Calcutta medical institutions reports 1871-78
Year: 1871
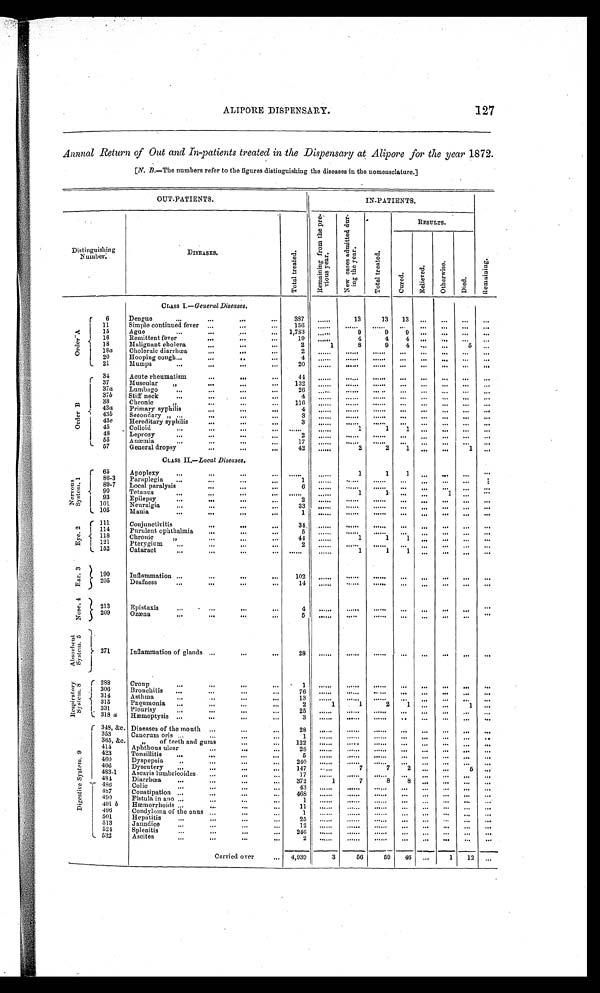
ALIPORE DISPENSARY.
127
Annnal Return of Out and In-patients treated in the Dispensary at Alipore for the year 1872.
[N. B .—The numbers refer to the figures distinguishing the diseases in the nomensclature.]
OUT-PATIENTS.
IN-PATIENTS.
Distinguishing
Number.
DISEASES,
T o t a l t r e a t e d .
R e m a i n i n g f r o m t h e p r e - v i o u s y e a r s .
N e w c a s e s a d m i t t e d d u r - i n g t h e y e a r .
RESULTS.
Remai ni ng.
To t a l t r e a t e d .
C u r e d .
R e l i e v e d .
Ot h e r w i s e .
D i e d .
CLASS I .—General Diseases.
O r d e r A
6
Dengue
387
......
13
13
13
...
...
...
...
11
Simple continued fever
156
......
. . . . . .
. . . . . .
. . .
...
...
. . .
...
15
Ague
1,783
......
9
9
9 ...
. . .
. . . ...
16
Remittent fever
19
......
4
4
4
...
. . . . . .
. . .
18
Malignant cholera
2
1
8
9
4 ...
. . .
5
. . .
18a
Choleraic diarrhœa
2
. . . . . .
. . . . . .
. . . . . .
. . . . . .
...
...
. . .
...
20
Hooping cough
4
......
. . . . . .
. . . . . .
. . . . . . ...
. . .
. . . ...
21
Mumps
2 0 ......
. . . . . .
. . . . . .
. . . . . .
...
. . .
. . . ...
O r d e r B
34
Acute rheumatism
44
......
. . . . . .
. . . . . .
. . . . . . ...
. . .
. . . ...
37
Muscular ,,
132
......
. . . . . .
. . . . . .
. . . ...
. . .
. . .
. . .
37a
Lumbago
26
......
. . . . . . ......
...
...
...
...
...
3 7 b
Stiff neck
4 ......
. . . . . .
. . . . . .
. . . ...
. . .
. . . ...
38
Chronic ,,
116
......
. . . . . .
. . . . . . . . .
...
. . .
. . .
. . .
43a
Primary syphilis
4 ......
. . . . . .
. . . . . . . . .
...
. . .
. . .
. . .
43b
Secondary „
3 .....
. . . . . .
. . . . . .
. . . ...
. . .
. . .
. . .
43e
Hereditary syphilis
3 .....
. . . . . .
. . . . . . . . .
...
...
. . .
...
45
Colloid
. . . . . . ......
1
1
1 ...
. . .
. . . ...
_
4 8
Leprosy
2 .....
. . . . . .
. . . . . .
. . . ...
. . .
. . .
. . .
55
Anæmia
17 .....
. . . . . .
. . . . . .
. . .
...
...
. . .
...
57
General dropsy
42
......
2
2
1 ...
...
1
...
Class II. —Local Diseases.
N e r v o u s S y s t e m . 1
65
Apoplexy
. . . . . ......
1
1
1 ...
. . .
. . . ...
86-3
Paraplegia
1
......
. . . . . .
. . . . . .
. . .
...
...
. . .
. . .
89-7
Local paralysis
6
......
. . . . . .
. . .
. . .
...
. . .
. . . ...
90
Tetanus
. . . . . . . ......
1
1
. . .
....
1
. . .
. . .
93
Epilepsy
2 ......
. . . . . .
. . . . . .
. . . ...
. . .
. . .
. . .
1 0 1
N e u r a l g i a
33
......
. . . . . .
. . . . . .
. . . ...
. . .
. . .
. . .
105
Mania.
1 .....
. . . . . .
. . . . . .
. . . ...
. . .
. . .
. . .
E y e . 2
111
Conjunctivitis
34 ......
. . . . . .
. . . . . .
. . .
...
...
. . . .
. . .
114
Purulent ophthalmia
5
......
. . . . . .
. . . . . .
. . .
...
...
. . .
. . .
118
Chronic
44
. . . . . .
1
1
1 ...
. . .
. . .
. . .
121
Pterygium
2
. . . . . .
. . . . . .
. . . . . .
. . . ...
. . . . . .
. . .
152
Cataract
. . . . .
. . . . . .
1
1
1 ...
. . .
. . .
. . .
E a r . 3
190
Inflammation
102
......
. . . . . .
. . . . . .
. . . ...
. . .
. . .
. . .
205
Deafness
14
. . . . . .
. . . . . .
. . . . . .
. . .
...
. . .
. . .
. . .
N o s e 4 .
213
Epistaxis
4
. . . . . .
. . . . . .
. . . . . .
. . .
...
. . .
. . .
. . .
209
Ozæna
5
......
. . . . . .
. . . . . .
. . .
. . .
. . .
. . .
. . .
A b s o r b e n t S y s t e m . 5
271
Inflammation of glands
28 .....
. . . . . .
. . . . . .
. . .
...
. . .
. . .
. . .
R e s p i r a t o r y S y s t e m . 8
288
Croup
1
......
. . . . . .
. . . . . .
. . . ...
. . .
. . .
. . .
306
Bronchitis
76 ......
. . . . . .
. . . . . .
. . .
. . .
. . .
. . .
. . .
314
Asthma
13 ......
. . . . . .
. . . . . .
. . . ...
. . .
. . .
. . .
315
Pneumonia
2
1
1
2
1
...
. . .
1
. . .
331
Pleurisy
25
. . . . . .
. . . . . .
. . . . . . . . .
. . .
. . .
. . .
. . .
.
318 a
Hæmoptysis
..
3
. . . . . .
. . . . . .
. . . . . .
. . ...
. . .
. . .
. . .
D i g e s t i v e S y s t e m . 9
348, &c. Diseases of the mouth
28
. . . . .
. . . . . .
. . . . . .
. . . ...
. . .
. . .
. . .
353
Cancrum oris
1
. . . . .
. . . . .
. . . . . .
. . . ...
. . .
. . .
. . .
365, &c.
, , o f t e e t h a n d g u m s
122
. . . . .
. . . . . .
. . . . . . . . .
. . .
. . .
. . .
. . .
414
A p h t h o u s u l c e r
2 8 .....
. . . . . .
. . . . . .
. . . ...
. . .
. . .
. . .
423
Tonsillitis
5 ......
. . . . . .
. . . . . .
. . . ...
. . .
. . .
. . .
460
Dyspepsia
240
......
. . . . . .
. . . . . . ...
. . .
. . .
. . .
. . .
466
D y s e n t e r y
147
. . . . . .
7
7
2
. . .
. . .
5
. . .
483-1
A s c a r i s l u m b r i c o i d e s
1 7
......
. . . . . .
. . . . . .
. . . ...
. . .
. . .
. . .
484
Diarrhœa
372
1
7
8
8
. . .
. . .
. . .
. . .
486
Colic
43
. . . . . .
. . . . . .
. . . . . .
. . . ...
. . .
. . .
. . .
487
Constipation
468
. . . . . .
. . . . . .
. . . . . .
. . .
...
. . .
. . .
. . .
490
Fistula in ano
1
. . . . . .
. . . . . .
. . . . . .
. . . ...
. . .
. . .
. . .
491 b
H æ m o r r h o i d s
11 ......
. . . . . .
. . . . . .
. . . ...
. . .
. . .
. . .
496
Condyloma of the anus
1 ......
. . . . . .
. . . . . .
. . . ...
. . .
. . .
. . .
501
Hepatitis
25 ......
. . . . . .
. . . . . .
. . .
. . .
. . .
. . .
. . .
513
j a u n d i c e
12
......
. . . . . .
. . . . . .
. . .
...
. . .
. . .
. . .
524
Splenitis
246
......
. . . . . .
. . . . . . .
. . .
. . .
...
. . .
. . .
532
A s c i t e s
2 ......
. . . . . .
. . . . . .
. . .
. . .
. . .
. . .
. . .
Carried over
4,939
3
56
59
46
...
1
12
...